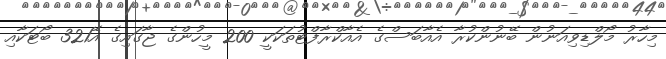
މިހާރު މޯލްޑިވިއަނުން ބޭނުންކުރާ އެއާބަސްގެ އެއާކްރާފްޓުތަކަކީ 200 މީހުންގެ ޖާގައިގެ އޭ321 ބޯޓަކާއި